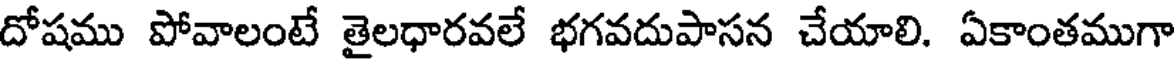
దోషము పోవాలంటే తైలధారవలే భగవదుపాసన చేయాలి. ఏకాంతముగా